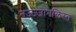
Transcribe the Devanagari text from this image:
नज़्ज़्जोनलिस्त